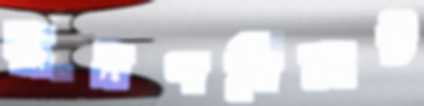
মুদ্রণবিভ্রাট